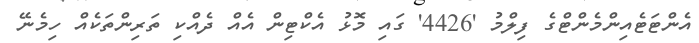
އެންޓަޓެއިންމެންޓްގެ ފިލްމު '4426' ގައި މޮޅު އެކްޓިން އެއް ދެއްކި ތަރިންތަކެއް ހިމެނޭ